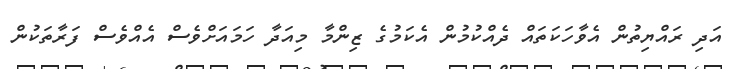
އަދި ރައްޔިތުން އެވާހަކަތައް ދެއްކުމުން އެކަމުގެ ޒިންމާ މިއަދާ ހަމައަށްވެސް އެއްވެސް ފަރާތަކުން